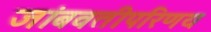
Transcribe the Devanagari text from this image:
जांबवतीपरिणय